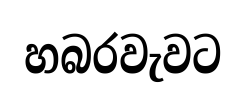
හබරවැවට